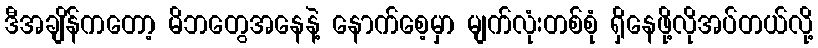
ဒီအချိန်ကတော့ မိဘတွေအနေနဲ့ နောက်စေ့မှာ မျက်လုံးတစ်စုံ ရှိနေဖို့လိုအပ်တယ်လို့